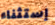
إستثناء